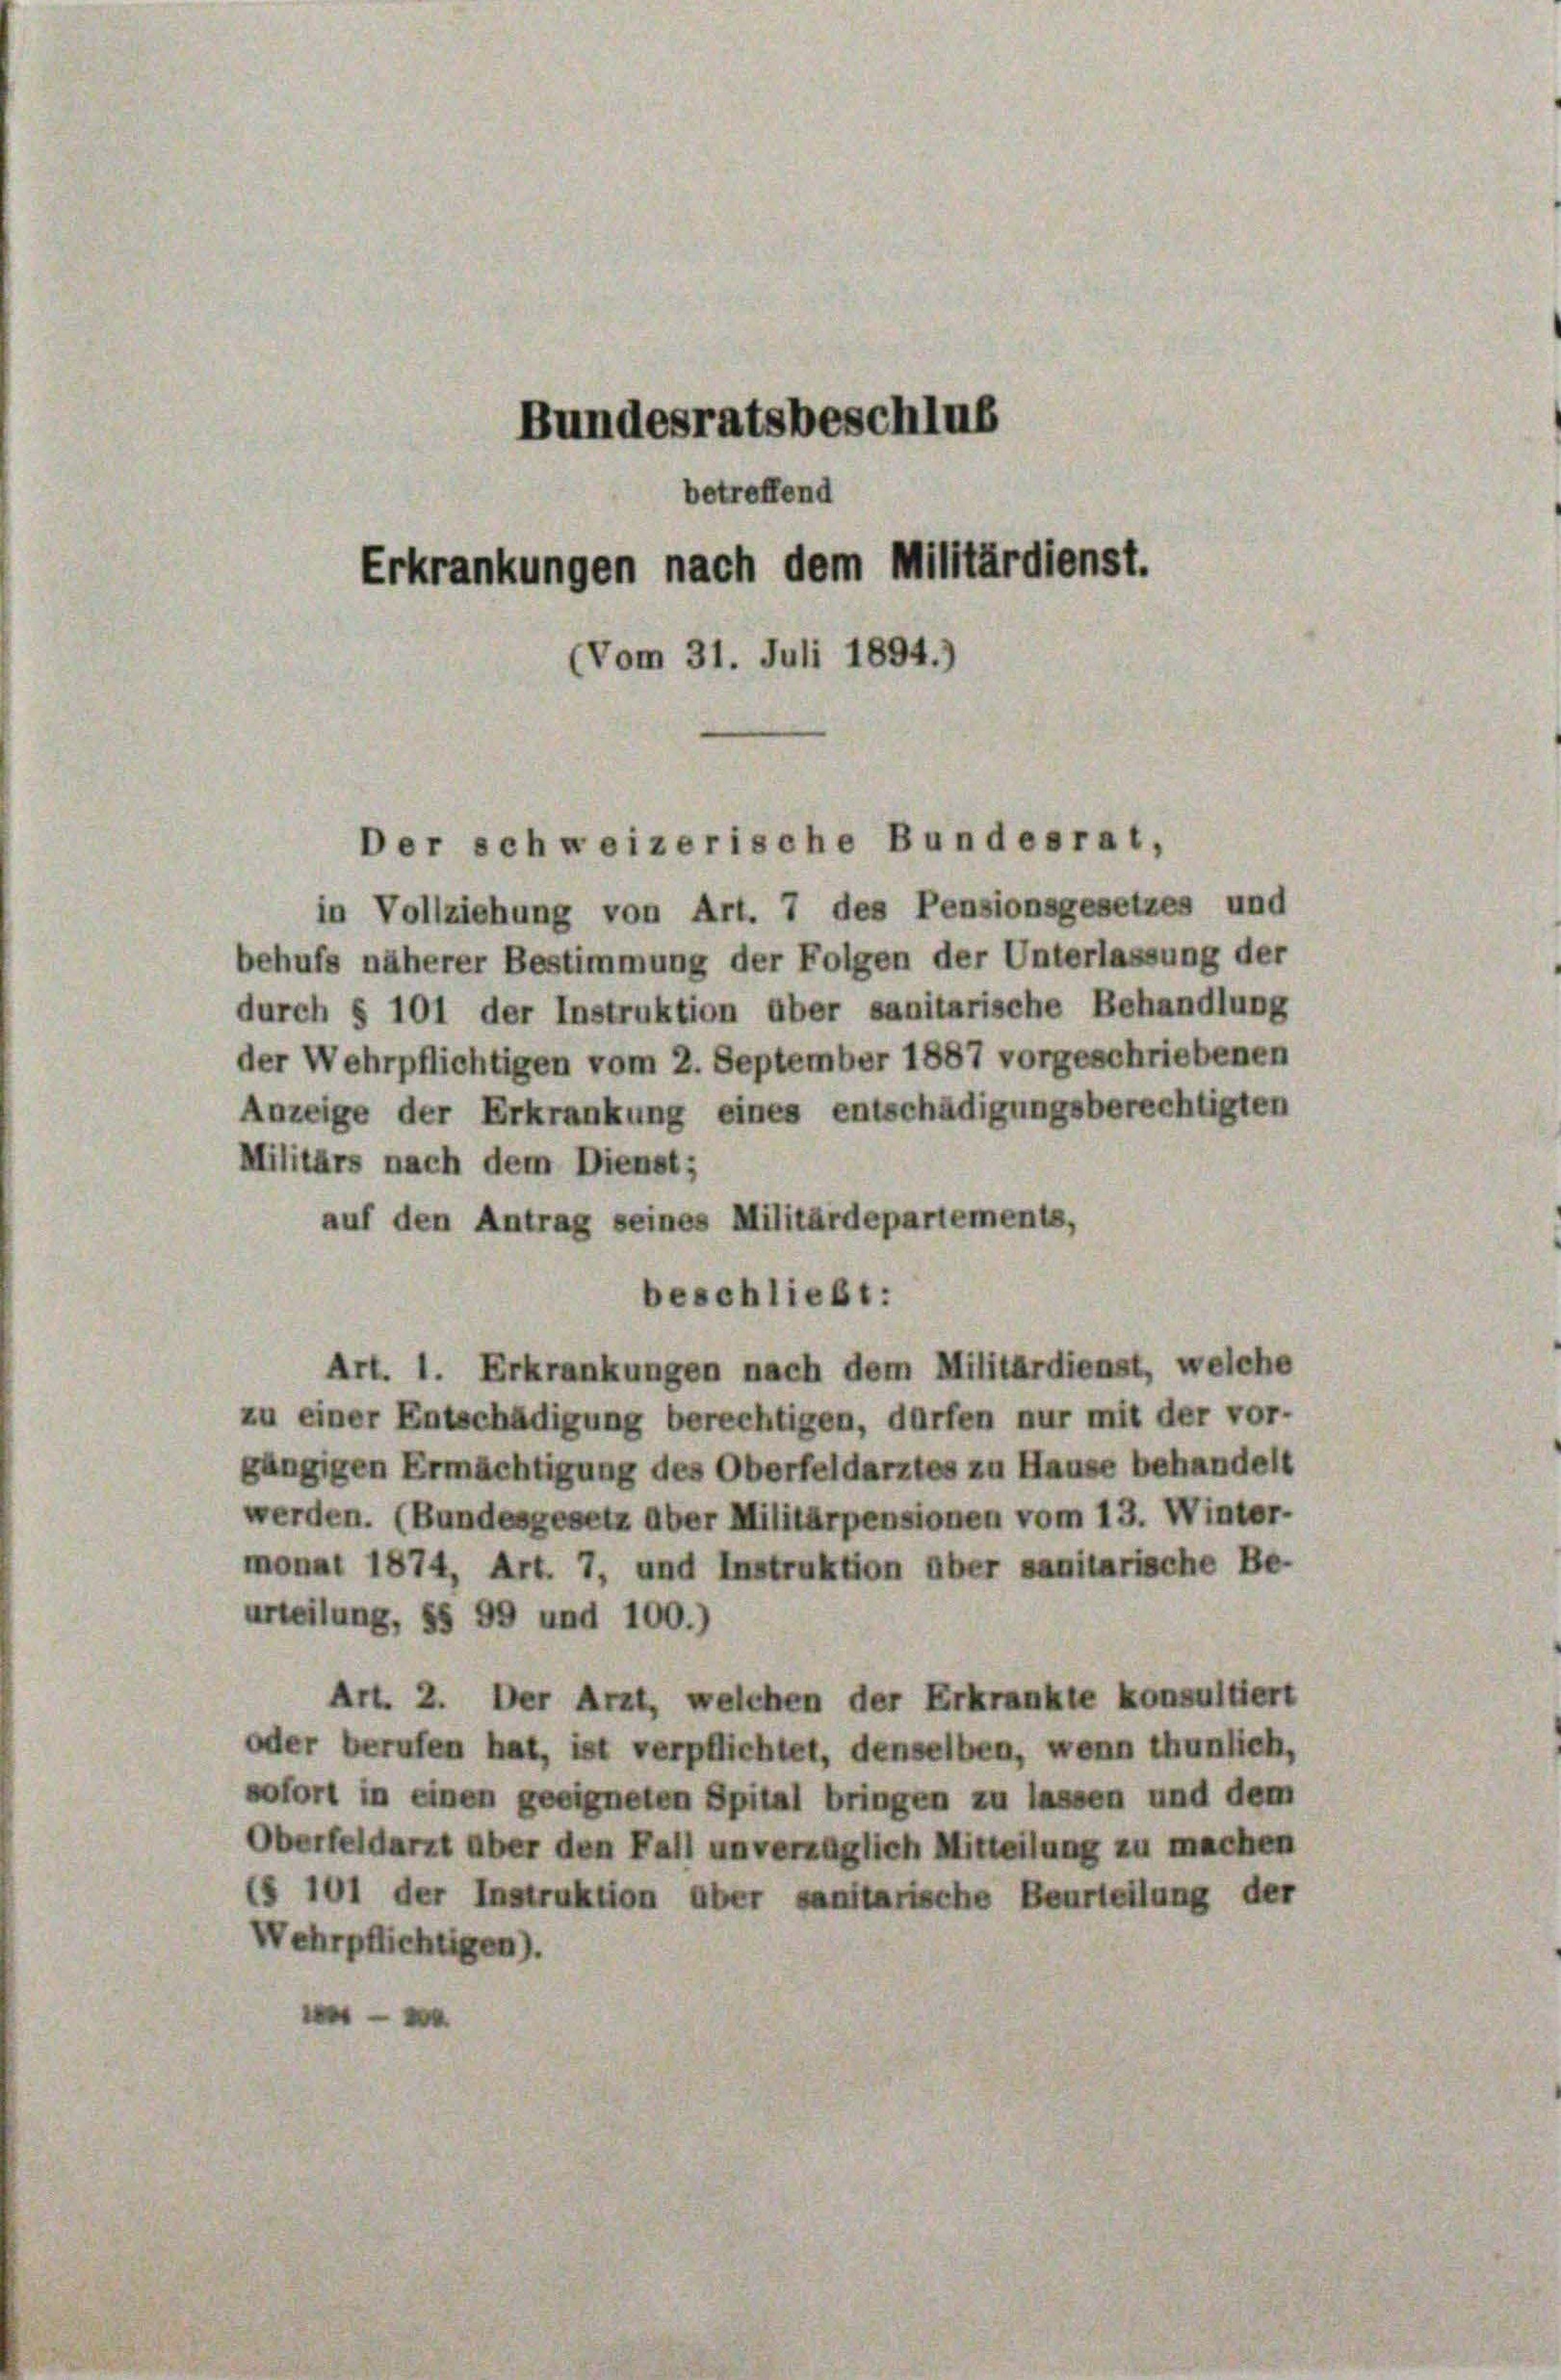
Bundesratsbeschlus
betreffend
Erkrankungen nach dem Militärdienst.
(Vom 31. Juli 1894.)

Der schweizerische Bundesrat,

in Vollziehung von Art. 7 des Pensionsgesetzes und
behufs näherer Bestimmung der Folgen der Unterlassung der
durch § 101 der Instruktion über sanitarische Behandlung
der Wehrpflichtigen vom 2. September 1887 vorgeschriebenen
Anzeige der Erkrankung eines entschädigungsberechtigten
Militärs nach dem Dienst;
auf den Antrag seines Militärdepartements,
beschließt:
Art. 1. Erkrankungen nach dem Militärdienst, welche
zu einer Entschädigung berechtigen, dürfen nur mit der vor-
gängigen Ermächtigung des Oberfeldarztes zu Hause behandelt
werden. (Bundesgesetz aber Militärpensionen vom 13. Winter-
monat 1874, Art. 7, und Instruktion über sanitarische Be-
urteilung, §§ 99 und 100.)
Art. 2. Der Arzt, welchen der Erkrankte konsultiert
oder berufen hat, ist verpflichtet, denselben, wenn thunlich,
sofort in einen geeigneten Spital bringen zu lassen und dem
Oberfeldarzt über den Fall unverzüglich Mitteilung zu machen
(§ 101 der Instruktion über sanitarische Beurteilung der
Wehrpflichtigen).